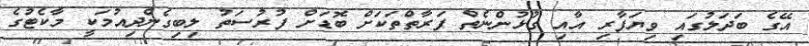
އޭގެ ބަދަލުގައި ވިޔަފާރި އާއި ގުޅުންނެތް ފަރާތްތަކަށް ބޮޑަށް ފުރުސަތު ލިބިގެންދިއުމަކީ މާކެޓުގެ